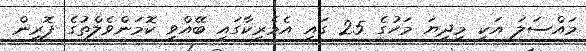
މައްސަލަ އަކީ މިދިޔަ މަހުގެ 25 ގައި އެމެރިކާގައި ބޭއްވި ކޮމަންވެލްތުގެ ފޮރިން